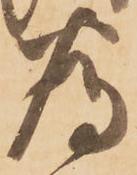
為